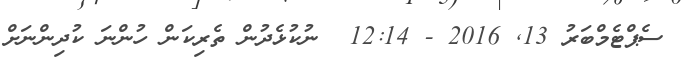
ސެޕްޓެމްބަރު 13